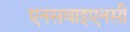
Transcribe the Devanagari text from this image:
एनसवाइएनसी